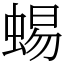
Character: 蜴